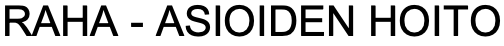
RAHA - ASIOIDEN HOITO